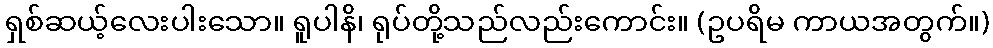
ရှစ်ဆယ့်လေးပါးသော။ ရူပါနိ၊ ရုပ်တို့သည်လည်းကောင်း။ (ဥပရိမ ကာယအတွက်။)